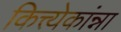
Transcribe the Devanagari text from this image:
कित्त्येकांन्ना